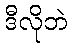
ဒီလိုဘဲ